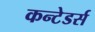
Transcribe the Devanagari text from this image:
कन्टेडर्स